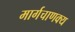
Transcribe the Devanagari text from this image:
मार्गचाणक्य